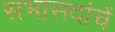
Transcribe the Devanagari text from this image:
सभासदांचें